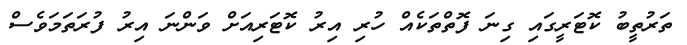
ތަރުތީބު ކޮޓަރީގައި ގިނަ ފޮތްތަކެއް ހުރި އިރު ކޮޓަރިއަށް ވަންނަ އިރު ފުރަތަމަވެސް